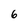
Character: 6